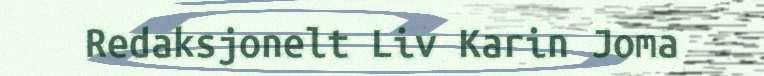
Redaksjonelt Liv Karin Joma